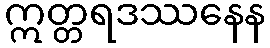
ဣတ္တရဒဿနေန